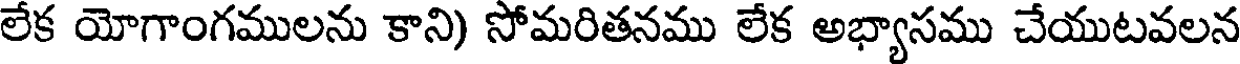
లేక యోగాంగములను కాని) సోమరితనము లేక అభ్యాసము చేయుటవలన